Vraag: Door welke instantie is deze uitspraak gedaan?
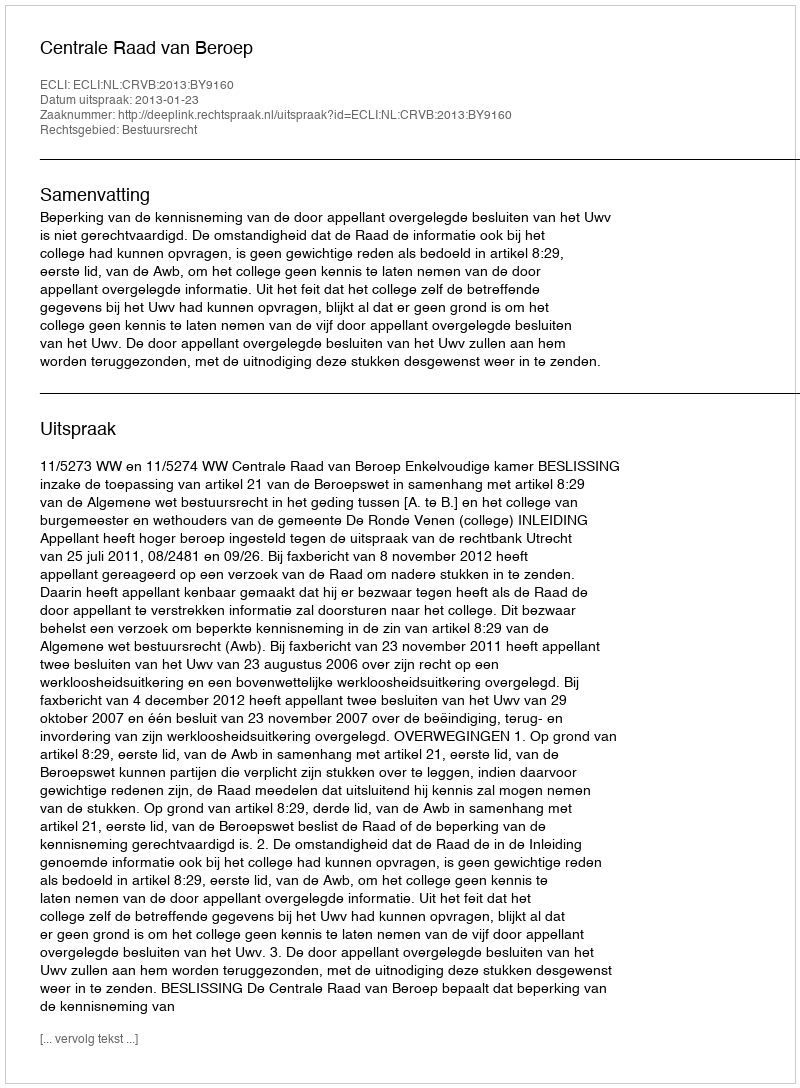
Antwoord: Centrale Raad van Beroep